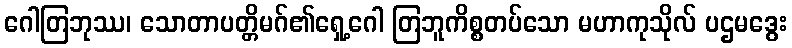
ဂေါတြဘုဿ၊ သောတာပတ္တိမဂ်၏ရှေ့ဂေါ တြဘူကိစ္စတပ်သော မဟာကုသိုလ် ပဌမဒွေး